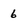
Character: 6